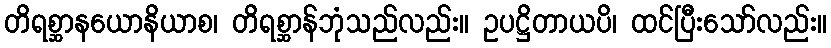
တိရစ္ဆာနယောနိယာစ၊ တိရစ္ဆာန်ဘုံသည်လည်း။ ဥပဋ္ဌိတာယပိ၊ ထင်ပြီးသော်လည်း။